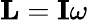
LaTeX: \mathbf{L}=\mathbf{I}\omega